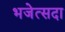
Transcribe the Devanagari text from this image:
भजेत्सदा